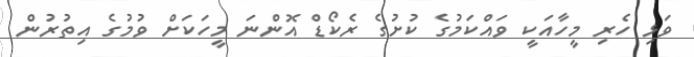
ވަޅި ހެރި މީހާއަކީ ވައްކަމުގެ ކުށުގެ ރެކޯޑް އޮންނަ މީހަކަށް ވުމުގެ އިތުރުން